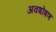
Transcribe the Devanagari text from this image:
अवषोषण